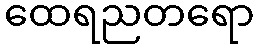
ထေရညတရော